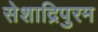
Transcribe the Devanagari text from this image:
सेशाद्रिपुरम